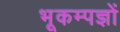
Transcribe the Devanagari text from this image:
भूकम्पज्ञों